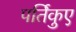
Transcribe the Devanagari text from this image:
पर्तिकुए